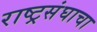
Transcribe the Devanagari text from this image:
राष्ट्रसंघाचा